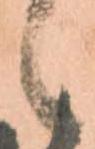
候